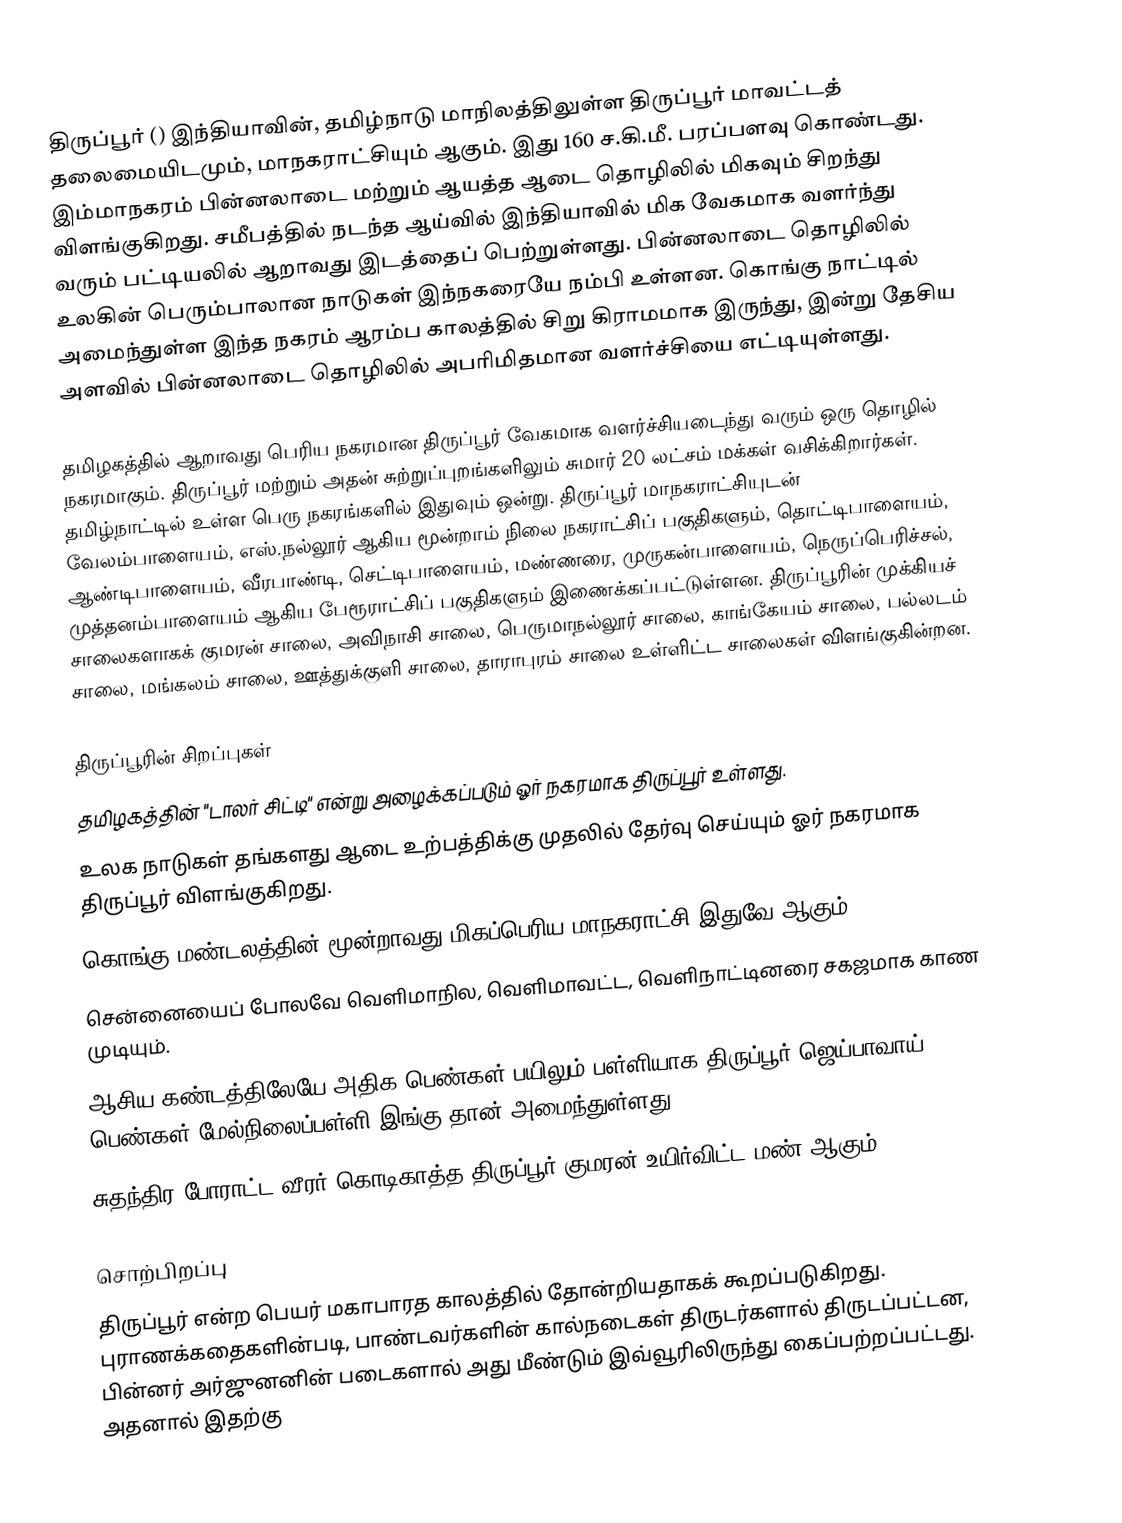
திருப்பூர் () இந்தியாவின், தமிழ்நாடு மாநிலத்திலுள்ள திருப்பூர் மாவட்டத் தலைமையிடமும், மாநகராட்சியும் ஆகும். இது 160 ச.கி.மீ. பரப்பளவு கொண்டது. இம்மாநகரம் பின்னலாடை மற்றும் ஆயத்த ஆடை தொழிலில் மிகவும் சிறந்து விளங்குகிறது. சமீபத்தில் நடந்த ஆய்வில் இந்தியாவில் மிக வேகமாக வளர்ந்து வரும் பட்டியலில் ஆறாவது இடத்தைப் பெற்றுள்ளது. பின்னலாடை தொழிலில் உலகின் பெரும்பாலான நாடுகள் இந்நகரையே நம்பி உள்ளன. கொங்கு நாட்டில் அமைந்துள்ள இந்த நகரம் ஆரம்ப காலத்தில் சிறு கிராமமாக இருந்து, இன்று தேசிய அளவில் பின்னலாடை தொழிலில் அபரிமிதமான வளர்ச்சியை எட்டியுள்ளது.

தமிழகத்தில் ஆறாவது பெரிய நகரமான திருப்பூர் வேகமாக வளர்ச்சியடைந்து வரும் ஒரு தொழில் நகரமாகும். திருப்பூர் மற்றும் அதன் சுற்றுப்புறங்களிலும் சுமார் 20 லட்சம் மக்கள் வசிக்கிறார்கள். தமிழ்நாட்டில் உள்ள பெரு நகரங்களில் இதுவும் ஒன்று. திருப்பூர் மாநகராட்சியுடன் வேலம்பாளையம், எஸ்.நல்லூர் ஆகிய மூன்றாம் நிலை நகராட்சிப் பகுதிகளும், தொட்டிபாளையம், ஆண்டிபாளையம், வீரபாண்டி, செட்டிபாளையம், மண்ணரை,  முருகன்பாளையம், நெருப்பெரிச்சல், முத்தனம்பாளையம் ஆகிய பேரூராட்சிப் பகுதிகளும் இணைக்கப்பட்டுள்ளன. திருப்பூரின் முக்கியச் சாலைகளாகக் குமரன் சாலை, அவிநாசி சாலை, பெருமாநல்லூர் சாலை, காங்கேயம் சாலை, பல்லடம் சாலை, மங்கலம் சாலை, ஊத்துக்குளி சாலை, தாராபுரம் சாலை உள்ளிட்ட சாலைகள் விளங்குகின்றன.

திருப்பூரின் சிறப்புகள்
 தமிழகத்தின் "டாலர் சிட்டி" என்று அழைக்கப்படும் ஓர் நகரமாக திருப்பூர் உள்ளது.
 உலக நாடுகள் தங்களது ஆடை உற்பத்திக்கு முதலில் தேர்வு செய்யும் ஓர் நகரமாக திருப்பூர் விளங்குகிறது.
 கொங்கு மண்டலத்தின் மூன்றாவது மிகப்பெரிய மாநகராட்சி இதுவே ஆகும்.
 சென்னையைப் போலவே வெளிமாநில, வெளிமாவட்ட, வெளிநாட்டினரை சகஜமாக காண முடியும்.
 ஆசிய கண்டத்திலேயே அதிக பெண்கள் பயிலும் பள்ளியாக திருப்பூர் ஜெய்பாவாய் பெண்கள் மேல்நிலைப்பள்ளி இங்கு தான் அமைந்துள்ளது.
 சுதந்திர போராட்ட வீரர் கொடிகாத்த திருப்பூர் குமரன் உயிர்விட்ட மண் ஆகும்.

சொற்பிறப்பு
திருப்பூர் என்ற பெயர் மகாபாரத காலத்தில் தோன்றியதாகக் கூறப்படுகிறது. புராணக்கதைகளின்படி, பாண்டவர்களின் கால்நடைகள் திருடர்களால் திருடப்பட்டன, பின்னர் அர்ஜுனனின் படைகளால் அது மீண்டும் இவ்வூரிலிருந்து கைப்பற்றப்பட்டது. அதனால் இதற்கு